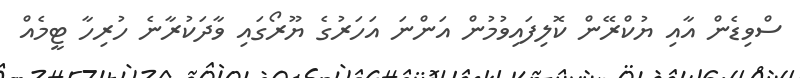
ސްވިޑެން އާއި ޔުކްރޭން ކޮލިފައިވުމުން އަންނަ އަހަރުގެ ޔޫރޯގައި ވާދަކުރާނެ ހުރިހާ ޓީމެއް